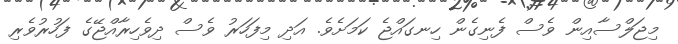
މިޖަލްސާއިން ވެސް ފެނިގެން ހިނގައްޖެ ކަމަށެވެ. އަދި މިފަހަރު ވެސް ދިވެހިރާއްޖޭގެ ފަހުރުވެރި